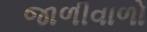
જાળીવાળો